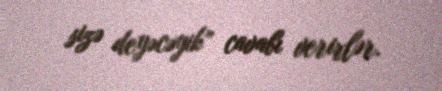
sizə deyəcəyik” cavabı verirlər.